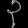
Digit: ၃